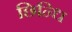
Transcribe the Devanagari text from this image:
छिन्धि